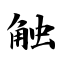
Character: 触